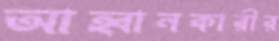
আহ্বানকারীর